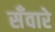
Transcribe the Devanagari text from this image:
सँवारे